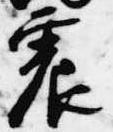
震